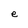
Character: e